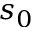
s _ { 0 }